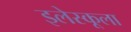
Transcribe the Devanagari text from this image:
इलेस्कूला